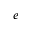
e